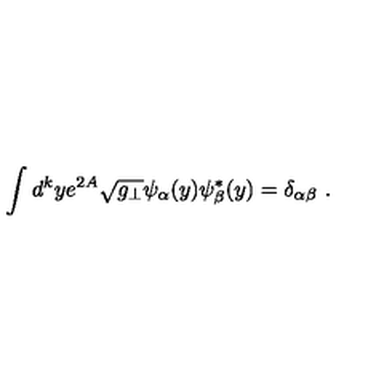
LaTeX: \int d ^ { k } y e ^ { 2 A } \sqrt { g _ { \perp } } \psi _ { \alpha } ( y ) \psi _ { \beta } ^ { * } ( y ) = \delta _ { \alpha \beta } \ .